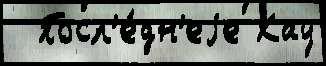
  Посл'е́дн'еjе Кау